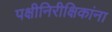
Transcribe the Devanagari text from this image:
पक्षीनिरीक्षिकांना